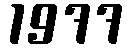
1977